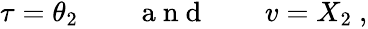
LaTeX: \begin{array}{r}{\tau=\theta_{2}\qquad\mathrm{~a~n~d~}\qquad v=X_{2}\ ,}\end{array}